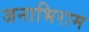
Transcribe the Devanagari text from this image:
जनाभिराम